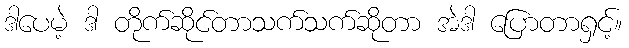
ဒါပေမဲ့ ဒါ တိုက်ဆိုင်တာသက်သက်ဆိုတာ အဲဒါ ပြောတာရှင့်။